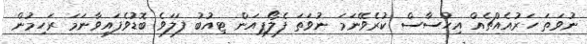
ނުވަތަ ހަރުއެއްޗެއް އިހުސާސް ކުރެވޭނަމަ ނުވަތަ ފެލޯޕިއަން ޓިއުބު ފަލަވެ ބޮޑުވެފައިވާނަމަ ރަހިމުން